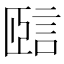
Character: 𧧃